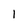
Character: 1